Reports on dispensaries and lunatic asylums in the Province of Oudh - 1869-1876
Year: 1869
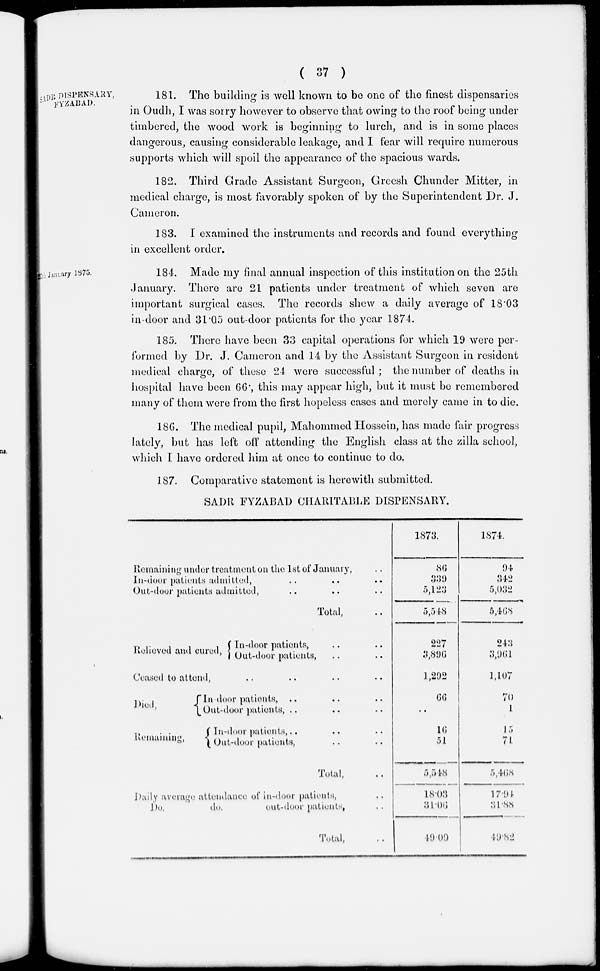
( 37 )
SADR DISPENSARY,
FYZABAD.
181. The building is well known to be one of the finest dispensaries
in Oudh, I was sorry however to observe that owing to the roof being under
timbered, the wood work is beginning to lurch, and is in some places
dangerous, causing considerable leakage, and I fear will require numerous
supports which will spoil the appearance of the spacious wards.
182. Third Grade Assistant Surgeon, Greesh Chunder Mitter, in
medical charge, is most favorably spoken of by the Superintendent Dr. J.
Cameron.
183. I examined the instruments and records and found everything
in excellent order.
January 1875.
184. Made my final annual inspection of this institution on the 25th
January. There are 21 patients under treatment of which seven are
important surgical cases. The records shew a daily average of 18.03
in-door and 31.05 out-door patients for the year 1874.
185. There have been 33 capital operations for which 19 were per-
formed by Dr. J. Cameron and 14 by the Assistant Surgeon in resident
medical charge, of these 24 were successful; the number of deaths in
hospital have been 66; this may appear high, but it must be remembered
many of them were from the first hopeless cases and merely came in to die.
186. The medical pupil, Mahommed Hossein, has made fair progress
lately, but has left off attending the English class at the zilla school,
which I. have ordered him at once to continue to do.
187. Comparative statement is herewith submitted.
SADR FYZABAD CHARITABLE DISPENSARY.
Remaining under treatment cm the 1st of January, ..
In-door patients admitted, .. .. ..
Out-door patients admitted, .. .. ..
Total, ..
Relieved and cured,
In-door patients, .. .. ..
Out-door patients, .. .. ..
Ceased to attend,
Died,
Remaining,
In-door patients, .. .. ..
Out-door patients, .. .. ..
In-door patients, .. .. ..
Out-door patients, .. .. ..
Total,
Daily average attendance of in-door patients, ..
Do.
do.
out-door patients, ..
Total, ..
1873.
86
339
5,123
5,548
227
3,896
1,292
66
..
16
51
5,548
18.03
31.06
49.09
1874.
94
342
5,032
5,468
243
3,961
1,107
70
1
15
71
5,468
17.94
31.88
49.82